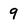
Character: 9